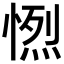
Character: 𢟏